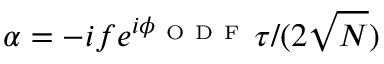
\alpha = - i f e ^ { i \phi _ { \mathrm { ~ O ~ D ~ F ~ } } } \tau / ( 2 \sqrt { N } )